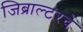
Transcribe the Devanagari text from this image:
जिब्राल्टरचे